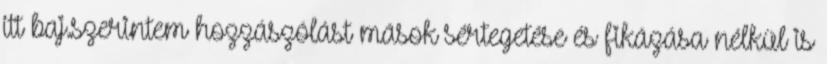
itt baj.szerintem hozzászólást mások sértegetése és fikázása nélkül is